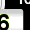
Digit: 6